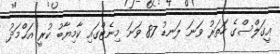
އީގަލްސްގެ ހަތަރު ވަނަ ލަނޑު 87 ވަނަ މިނެޓްގައި ކާމިޔާބު ކުރީ އަޙްމަދު